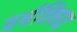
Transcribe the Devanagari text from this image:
हर्षविषाद